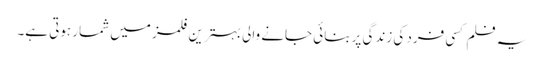
یہ فلم کسی فرد کی زندگی پر بنائی جانے والی بہترین فلمز میں شمار ہوتی ہے۔